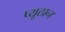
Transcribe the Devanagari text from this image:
प्यूठान